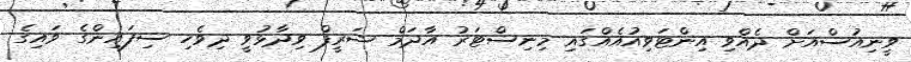
ވީނިއުސްއަށް ދެއްވި އިންޓަވިއުއެއްގައި މިނިސްޓަރު އާދަމް ޝަރީފް ވިދާޅުވީ ދިވެހި ސިފައިންގެ ވައިގެ